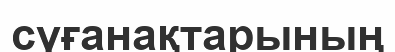
сүғанақтарының